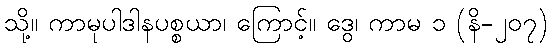
သို့။ ကာမုပါဒါနပစ္စယာ၊ ကြောင့်။ ဒွေ၊ ကာမ ၁ (နိ-၂၀၇)